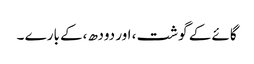
گائے کے گوشت ، اور دودھ ،کے بارے ۔